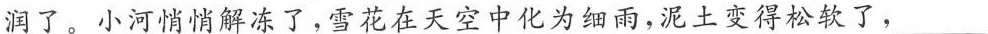
润了。小河悄悄解冻了，雪花在天空中化为细雨，泥土变得松软了，